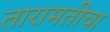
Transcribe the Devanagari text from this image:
तारामतीचा